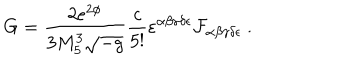
G = { \frac { 2 e ^ { 2 \phi } } { 3 M _ { 5 } ^ { 3 } \sqrt { - g } } } { \frac { c } { 5 ! } } \varepsilon ^ { \alpha \beta \gamma \delta \epsilon } { \cal F } _ { \alpha \beta \gamma \delta \epsilon } \ .